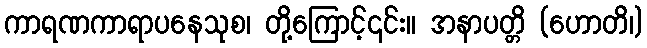
ကာရဏကာရာပနေသုစ၊ တို့ကြောင့်၎င်း။ အနာပတ္တိ (ဟောတိ၊)